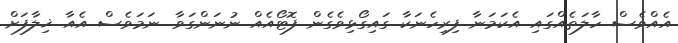
އެއްވެސް ހާލަތެއްގައި އެކަމަނާ ފިރިހެނަކާ ގައިގޯޅިވެގެން ފޮޓޯއެއް ނުނަންގަވާ. ނަމަވެސް އެއާ ޚިލާފަށް